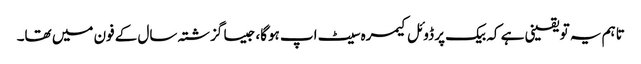
تاہم یہ تو یقینی ہے کہ بیک پر ڈوئل کیمرہ سیٹ اپ ہوگا، جیسا گزشتہ سال کے فون میں تھا۔